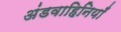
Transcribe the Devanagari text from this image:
अंडवाहिनियाँ